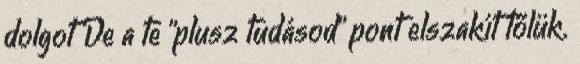
dolgot De a te "plusz tudásod" pont elszakít tőlük.